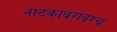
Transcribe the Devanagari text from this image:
नाटकाबरोबरच